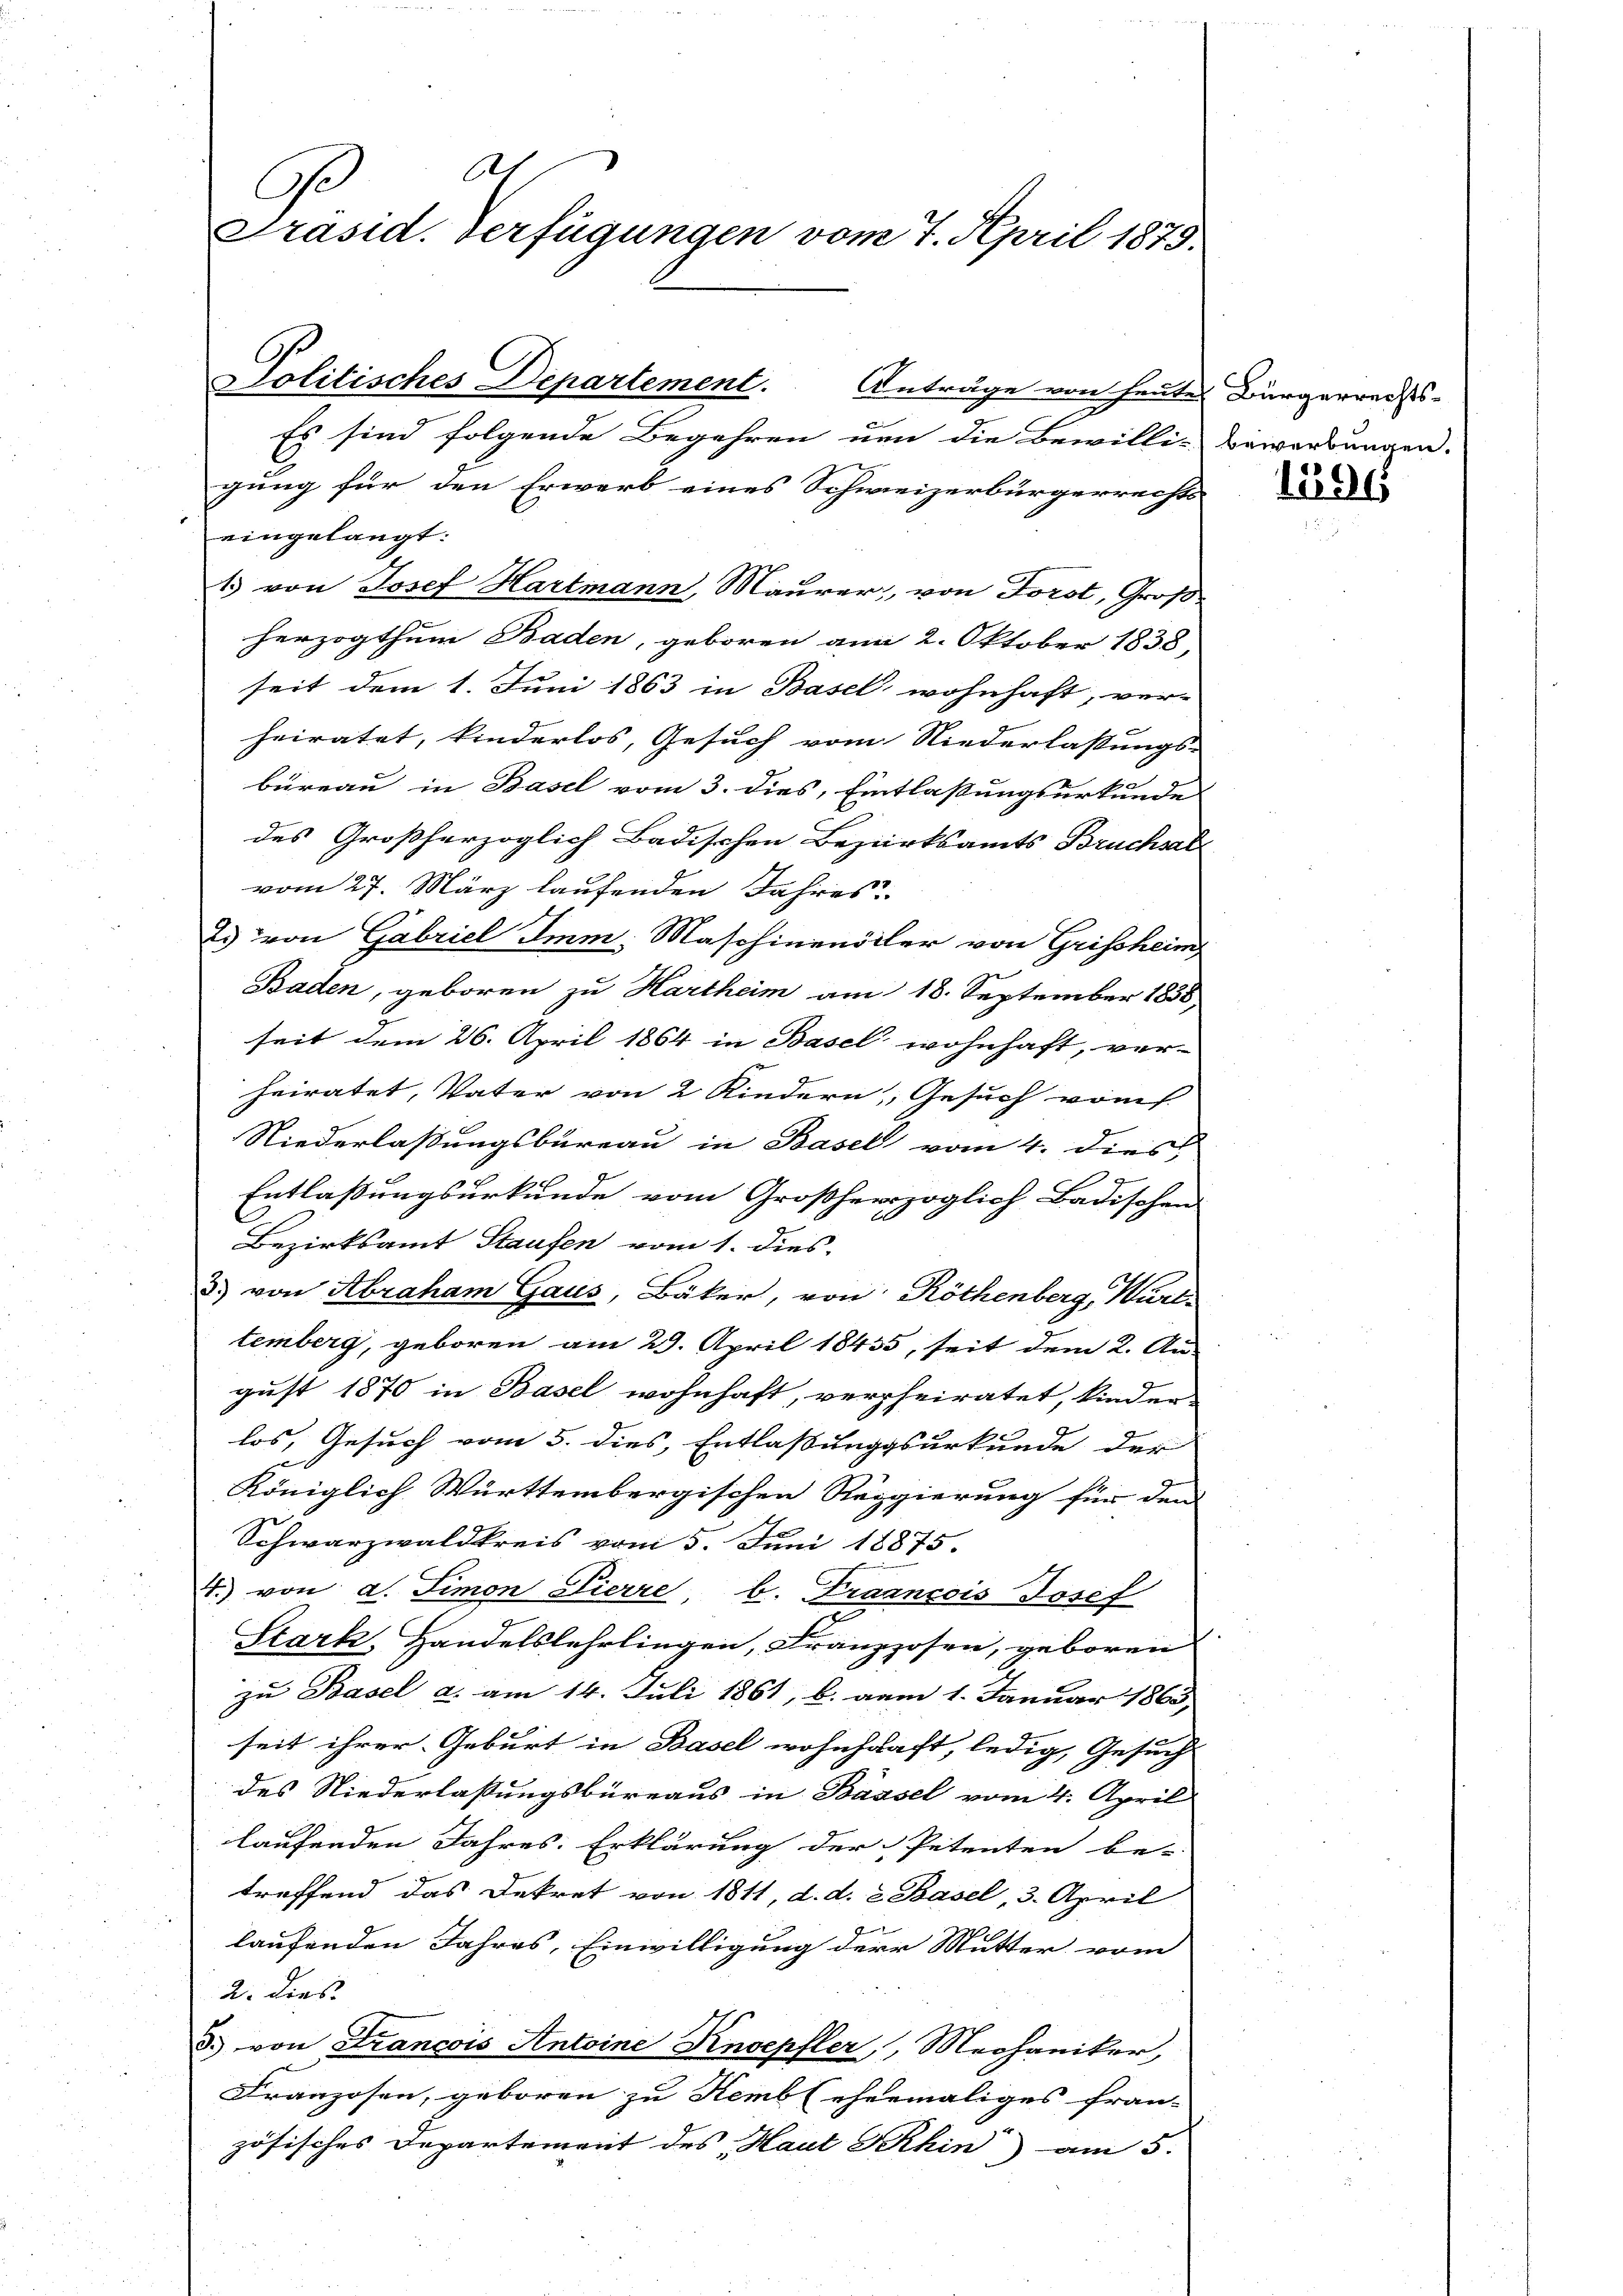
At
C
Präsid. Verfügungen vom 7. April 1879.

Es sind folgende Begehren nun die Bewilli-Bewerbungen.
gung für den Erwerb eines Schweizerbürgerrechts
eingelangt:
1) von Josef Hartmann, Maurer, von Forst, Groß-
herzogthum Baden, geboren am 2. Oktober 1838,
seit dem 1. Juni 1863 in Basel wohnhaft, ver-
heiratet, kinderlos, Gesuch vom Niederlassungs-
büreau in Basel vom 3. dies, Eintlaßungsurkunde
des Großherzoglich-Badischen Bezirksamts Bruchsal
vom 27. März laufenden Jahres
23 von Gabriel Imm, Maschinenödler von Grissheim
Baden, geboren zu Hartheim am 18. September 1858
seit dem 26. April 1864 in Basel wohnhaft, ver-
heiratet, Vater von 2 Kindern, Gesuch vom
Niederlassungsbureau in Basel vom 4. dies
Entlaßungsurkunde vom Großherzoglich Badischen
Bezirksamt Staufen vom 1. dies
3) von Abraham Gaus, Bäker, von Röthenberg, Württemberg, geboren am 29. April 18435, seit dem 2. Au-
gust 1870 in Basel wohnhaft, verpheiratet, kinder
los, Gesuch vom 5. dies, Entlassungsurkunde der
Königlich Württembergischen Reggierung für den
Schwarzwaldkreis vom 5. Juni 18875.
4. von a. Simon Pierre, b. Fraancois Josef
Stark, Handelslehrlingen, Franzosen, geboren
zu Basel a. am 14. Juli 1861, b. am 1. Januar 1863,
seit ihrer Geburt in Basel wohnhaft, ledig, Gesuch
des Niederlaßungsbüreaus in Baasel vom 4. April
laufenden Jahres-Erklärung der Petenten be-
treffend das Dekret von 1811, d. d. 2 Basel, 3. April
laufenden Jahres, Einwilligung der Mutter vom
2. dies
3. von Francois Antoine Knoepfler, Mechaniker,
Franzosen, geboren zu Kemb (ehemaliges fran-
zösisches Departement des Haut Schin am 5.

Solitisches Departement. Anträge von heute Bürgerrechts-
e

1596